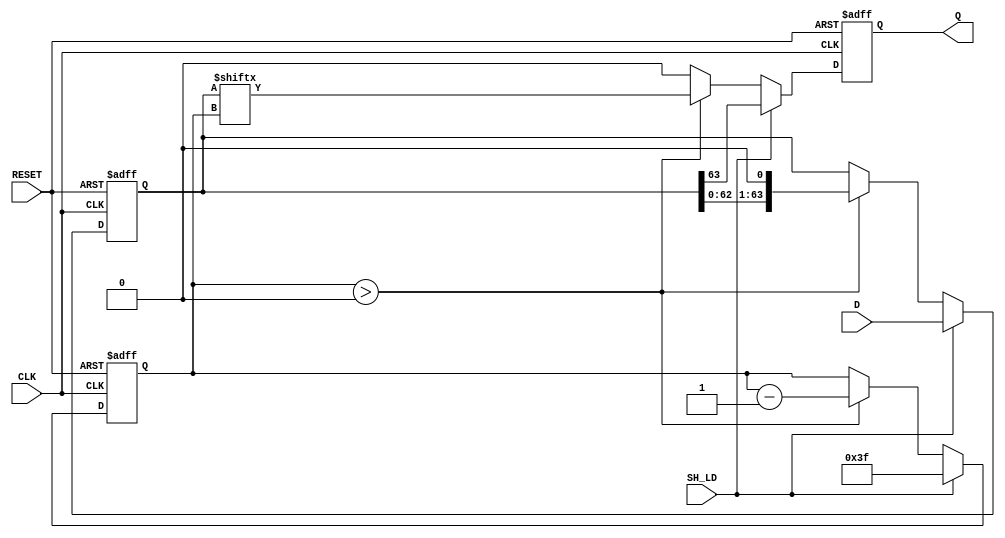
module PISO_Register (
    input wire [63:0] D,        // 64-bit data input
    input wire SH_LD,          // Shift/Load control signal
    input wire CLK,            // Clock signal
    input wire RESET,          // Asynchronous reset signal
    output reg Q               // Serial output
);

    reg [63:0] shift_reg;      // Internal shift register
    reg [5:0] bit_count;       // Counter for the number of bits shifted out

    always @(posedge CLK or posedge RESET) begin
        if (RESET) begin
            shift_reg <= 64'b0; // Clear the shift register
            Q <= 1'b0;          // Clear the output
            bit_count <= 6'b0;  // Reset bit counter
        end else begin
            if (SH_LD) begin
                // Load operation
                shift_reg <= D;  // Load data into the shift register
                Q <= shift_reg[63]; // Set Q to the MSB of the shift register
                bit_count <= 6'd63; // Initialize bit counter to 63
            end else begin
                // Shift operation
                if (bit_count > 0) begin
                    Q <= shift_reg[bit_count]; // Output the current bit
                    shift_reg <= shift_reg << 1; // Shift left
                    bit_count <= bit_count - 1; // Decrement bit counter
                end else begin
                    Q <= 1'b0; // If no bits left to shift, output 0
                end
            end
        end
    end

endmodule